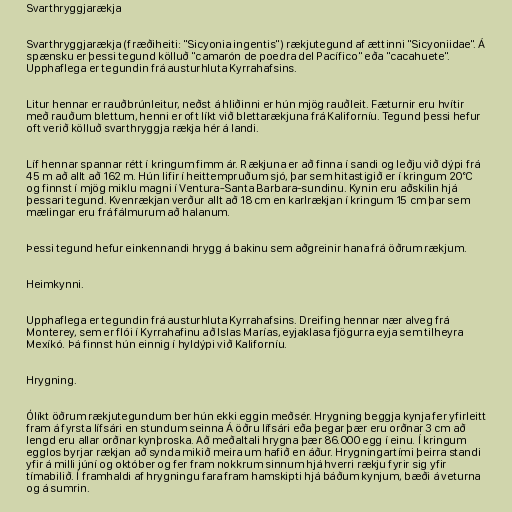
Svarthryggjarækja

Svarthryggjarækja (fræðiheiti: "Sicyonia ingentis") rækjutegund af ættinni "Sicyoniidae". Á
spænsku er þessi tegund kölluð "camarón de poedra del Pacífico" eða "cacahuete".
Upphaflega er tegundin frá austurhluta Kyrrahafsins.

Litur hennar er rauðbrúnleitur, neðst á hliðinni er hún mjög rauðleit. Fæturnir eru hvítir
með rauðum blettum, henni er oft líkt við blettarækjuna frá Kaliforníu. Tegund þessi hefur
oft verið kölluð svarthryggja rækja hér á landi.

Líf hennar spannar rétt í kringum fimm ár. Rækjuna er að finna í sandi og leðju við dýpi frá
45 m að allt að 162 m. Hún lifir í heittempruðum sjó, þar sem hitastigið er í kringum 20°C
og finnst í mjög miklu magni í Ventura-Santa Barbara-sundinu. Kynin eru aðskilin hjá
þessari tegund. Kvenrækjan verður allt að 18 cm en karlrækjan í kringum 15 cm þar sem
mælingar eru frá fálmurum að halanum.

Þessi tegund hefur einkennandi hrygg á bakinu sem aðgreinir hana frá öðrum rækjum.

Heimkynni.

Upphaflega er tegundin frá austurhluta Kyrrahafsins. Dreifing hennar nær alveg frá
Monterey, sem er flói í Kyrrahafinu að Islas Marías, eyjaklasa fjögurra eyja sem tilheyra
Mexíkó. Þá finnst hún einnig í hyldýpi við Kaliforníu.

Hrygning.

Ólíkt öðrum rækjutegundum ber hún ekki eggin meðsér. Hrygning beggja kynja fer yfirleitt
fram á fyrsta lífsári en stundum seinna Á öðru lífsári eða þegar þær eru orðnar 3 cm að
lengd eru allar orðnar kynþroska. Að meðaltali hrygna þær 86.000 egg í einu. Í kringum
egglos byrjar rækjan að synda mikið meira um hafið en áður. Hrygningartími þeirra standi
yfir á milli júní og október og fer fram nokkrum sinnum hjá hverri rækju fyrir sig yfir
tímabilið. Í framhaldi af hrygningu fara fram hamskipti hjá báðum kynjum, bæði á veturna
og á sumrin.